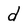
Character: d